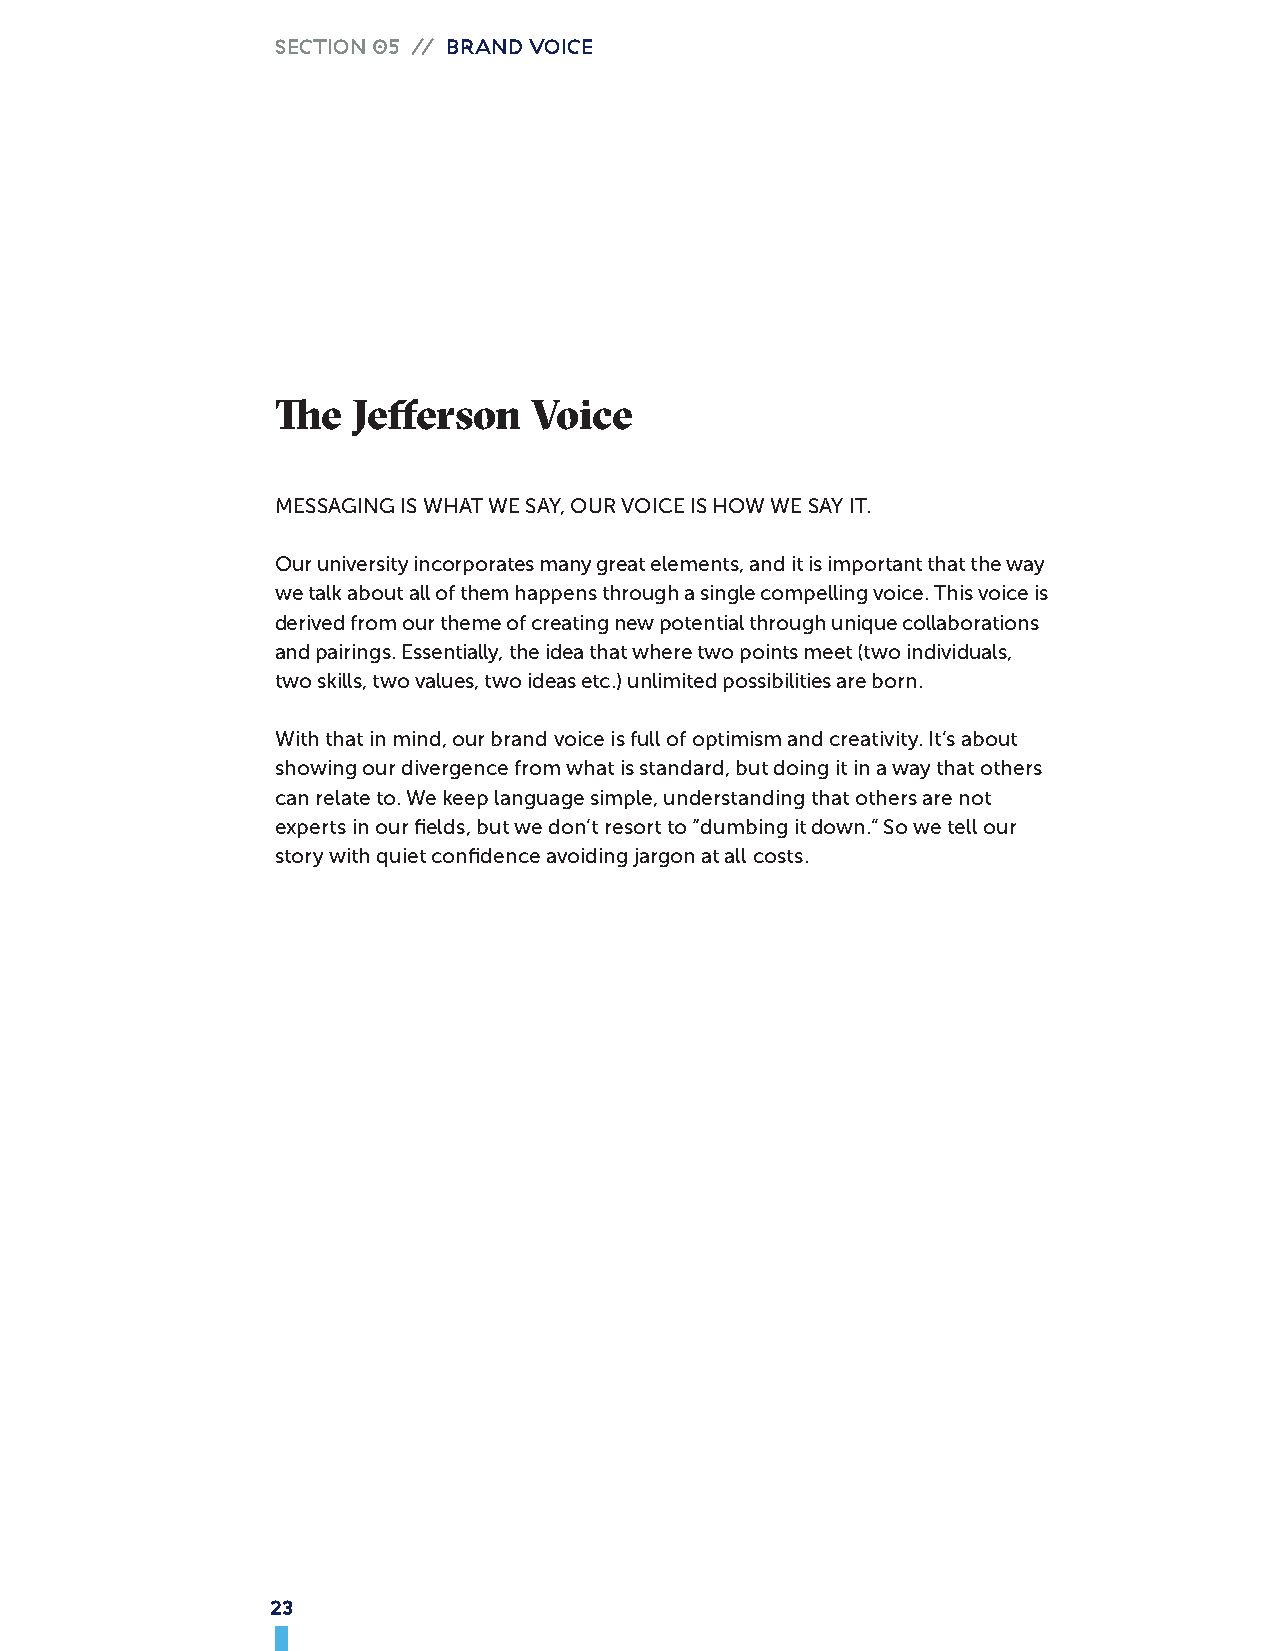
SECTION 05 // BRAND VOICE
 The  Jefferson   Voice
 MESSAGING IS WHAT WE SAY, OUR VOICE IS HOW WE SAY IT.
 Our university incorporates many great elements, and it is important that the way
 we talk about all of them happens through a single compelling voice. This voice is
 derived from our theme of creating new potential through unique collaborations
 and pairings. Essentially, the idea that where two points meet (two individuals,
 two skills, two values, two ideas etc.) unlimited possibilities are born.
 With that in mind, our brand voice is full of optimism and creativity. It’s about
 showing our divergence from what is standard, but doing it in a way that others
 can relate to. We keep language simple, understanding that others are not
 experts in our fields, but we don’t resort to “dumbing it down.” So we tell our
 story with quiet confidence avoiding jargon at all costs.
 23